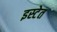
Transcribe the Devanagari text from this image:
इस्टेत